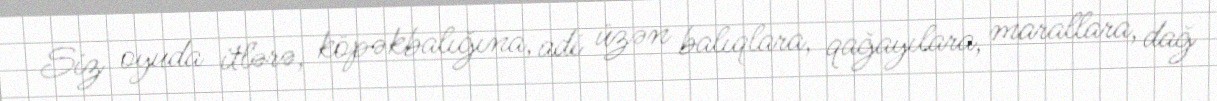
Siz oyuda itlərə, köpəkbalığına, adi üzən balıqlara, qağayılara, marallara, dağ